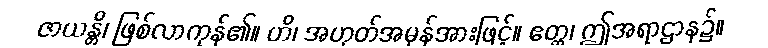
ဇာယန္တိ၊ ဖြစ်လာကုန်၏။ ဟိ၊ အဟုတ်အမှန်အားဖြင့်။ ဧတ္ထ၊ ဤအရာဌာန၌။